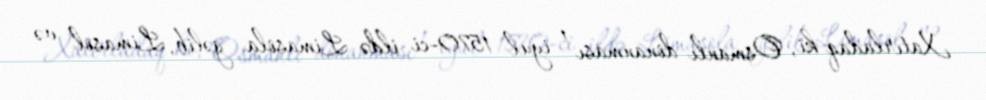
Xatırladaq ki, Osmanlı donanması 1 iyul 1570-ci ildə Limasola gəlib, Limasol və